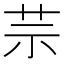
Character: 䒬